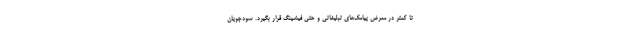
تا کمتر در معرض پیامک‌های تبلیغاتی و حتی فیشینگ قرار بگیرد. سودجویان